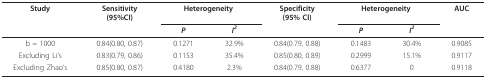
<table><thead><tr><td><b>Study</b></td><td><b>Sensitivity(95%CI)</b></td><td colspan="2"><b>Heterogeneity</b></td><td><b>Specificity(95% CI)</b></td><td colspan="2"><b>Heterogeneity</b></td><td><b>AUC</b></td></tr><tr><td></td><td></td><td><b><i>P</i></b></td><td><b><i>I<sup>2</sup></i></b></td><td></td><td><b><i>P</i></b></td><td><b><i>I<sup>2</sup></i></b></td><td></td></tr></thead><tbody><tr><td>b = 1000</td><td>0.84(0.80, 0.87)</td><td>0.1271</td><td>32.9%</td><td>0.84(0.79, 0.88)</td><td>0.1483</td><td>30.4%</td><td>0.9085</td></tr><tr><td>Excluding Li&#x27;s</td><td>0.83(0.79, 0.86)</td><td>0.1153</td><td>35.4%</td><td>0.85(0.80, 0.89)</td><td>0.2999</td><td>15.1%</td><td>0.9117</td></tr><tr><td>Excluding Zhao&#x27;s</td><td>0.85(0.80, 0.87)</td><td>0.4180</td><td>2.3%</td><td>0.84(0.79, 0.88)</td><td>0.6377</td><td>0</td><td>0.9118</td></tr></tbody></table>